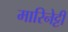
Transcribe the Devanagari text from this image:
मारिनेट्टी